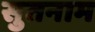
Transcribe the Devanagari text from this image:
सुतनाम